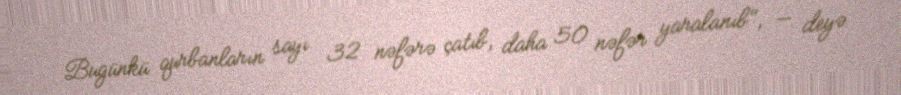
Bugünkü qurbanların sayı 32 nəfərə çatıb, daha 50 nəfər yaralanıb", — deyə